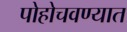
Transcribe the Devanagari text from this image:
पोहोचवण्यात